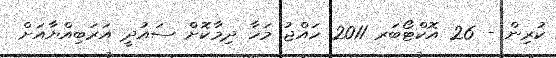
ކުރިން - 26 އޮކްޓޯބަރ 2011 ހައްޖު މަހާ ދިމާކޮށް ސައުދީ އަރަބިއްޔާއަށް